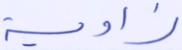
زاوية